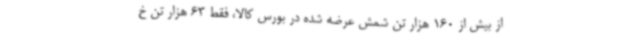
از بیش از 160 هزار تن شمش عرضه شده در بورس کالا، فقط 63 هزار تن خ